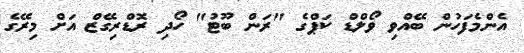
އެންމެފަހުން ބޭއްވި ވޯލްޑް ކަޕްގެ "ރަން ބޫޓު" ހޯދި ރޮޑްރިގޭޒް އަށް މިރޭގެ